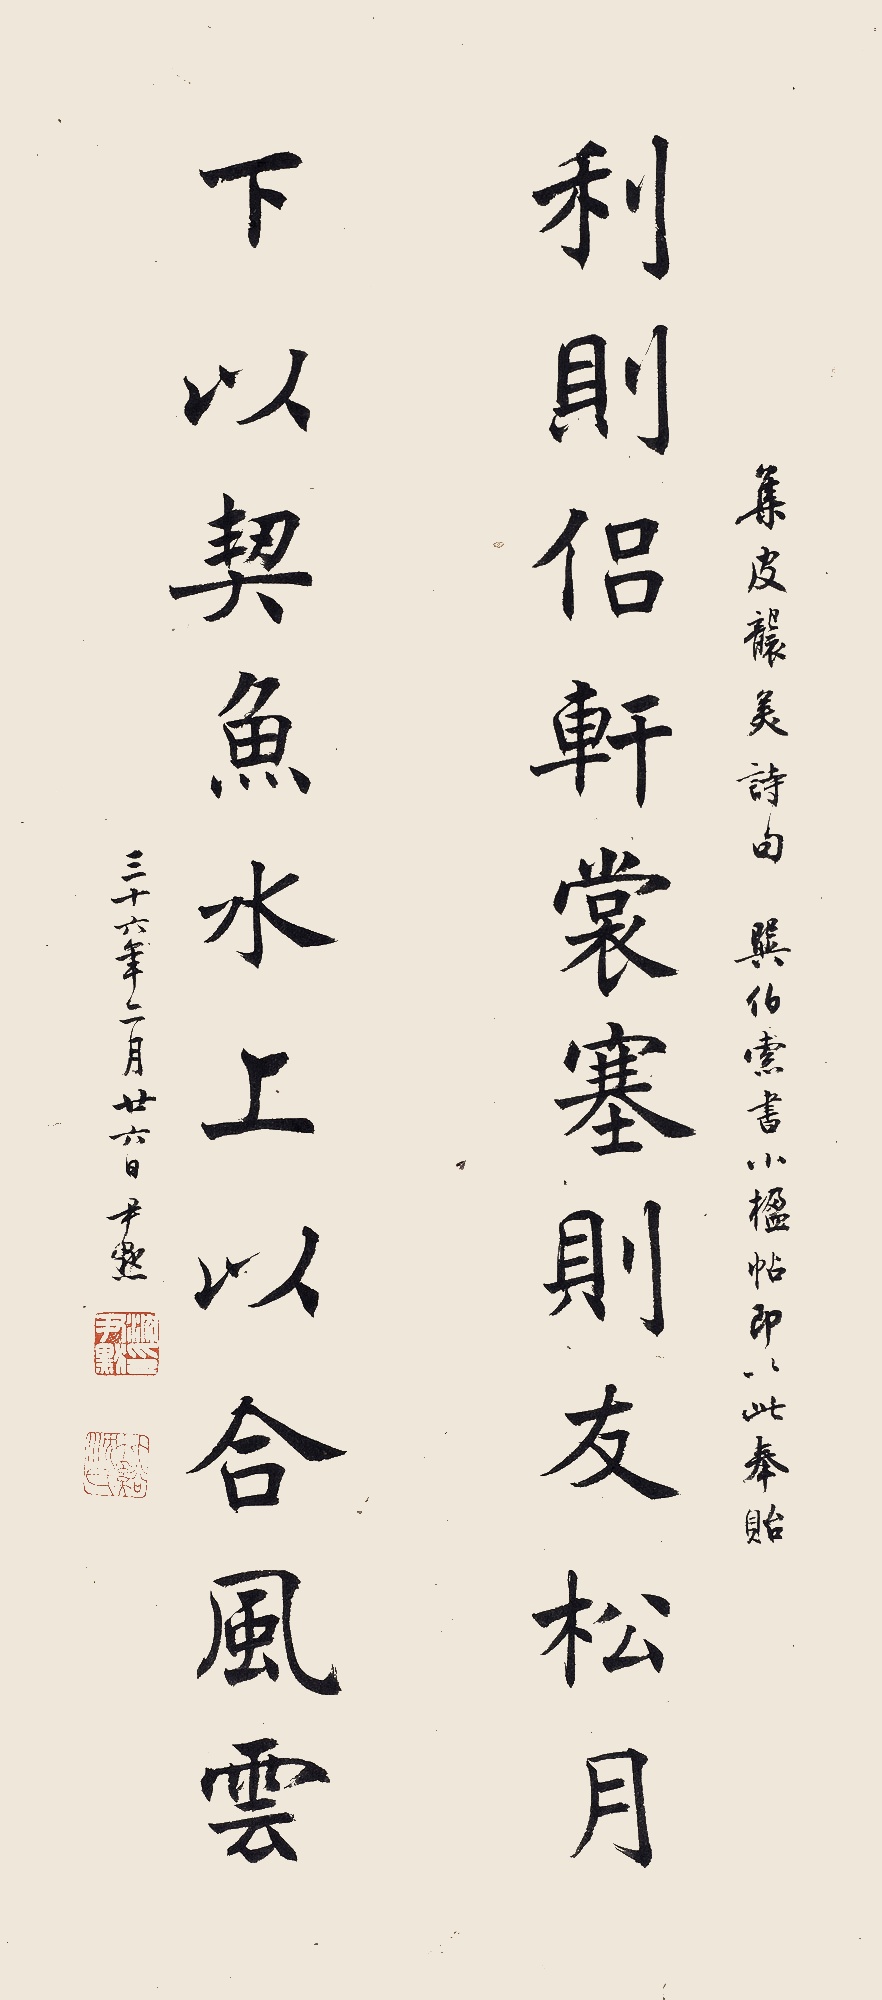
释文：利则侣轩裳塞则友松月，下以契鱼水上以合风云。集皮袭美诗句。巽伯索书小楹帖，即以此奉贻。三十六年二月廿六日，尹默。